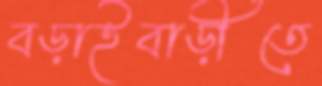
বড়াইবাড়ীতে